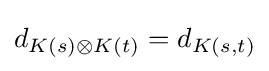
d_{K(s)\otimes K(t)}=d_{K(s,t)}